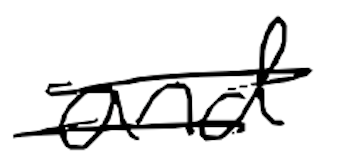
Text: and
Cross-out: double-line
Writing tool: digital_black